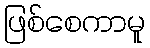
ဖြစ်စေကာမူ